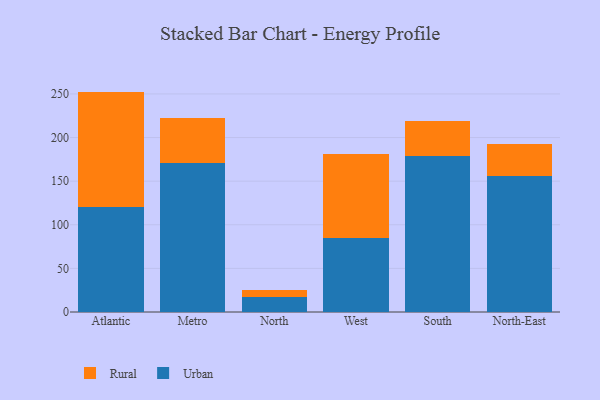
{"axis": {"x": "Region", "y": "Operating Costs (USD K)"}, "legend": ["Rural", "Urban"], "data": [{"x": "Atlantic", "y": 120.7, "type": "Urban"}, {"x": "Atlantic", "y": 132.0, "type": "Rural"}, {"x": "Metro", "y": 171.2, "type": "Urban"}, {"x": "Metro", "y": 50.9, "type": "Rural"}, {"x": "North", "y": 17.7, "type": "Urban"}, {"x": "North", "y": 7.0, "type": "Rural"}, {"x": "West", "y": 85.0, "type": "Urban"}, {"x": "West", "y": 96.4, "type": "Rural"}, {"x": "South", "y": 179.2, "type": "Urban"}, {"x": "South", "y": 39.9, "type": "Rural"}, {"x": "North-East", "y": 156.3, "type": "Urban"}, {"x": "North-East", "y": 35.9, "type": "Rural"}]}